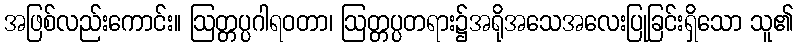
အဖြစ်လည်းကောင်း။ ဩတ္တပ္ပဂါရဝတာ၊ ဩတ္တပ္ပတရား၌အရိုအသေအလေးပြုခြင်းရှိသော သူ၏